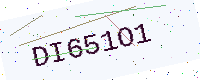
Text: DI651O1